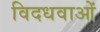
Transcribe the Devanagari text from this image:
विदधवाओं